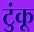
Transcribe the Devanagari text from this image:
टुंकू